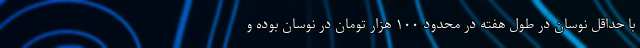
با حداقل نوسان در طول هفته در محدود ۱۰۰ هزار تومان در نوسان بوده و